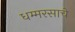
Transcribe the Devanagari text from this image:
धम्मरसाचे